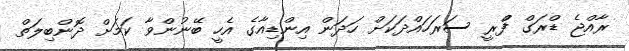
ރާއްޖެ ޑްރަގް ފްްރީ ސަރަހައްދަކަށް ހަދަން އިންޑިއާގެ އެހީ ބޭނުންވާ ކަމަށް ދޮންބިލަތް